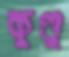
কুণ্ডু